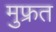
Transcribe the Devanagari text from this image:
मुफ्रत